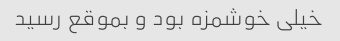
خیلی خوشمزه بود و بموقع رسید